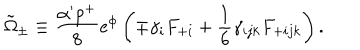
\tilde { \Omega } _ { \pm } \equiv { \frac { \alpha ^ { \prime } p ^ { + } } { 8 } } e ^ { \phi } \left( \mp \gamma _ { i } F _ { + i } + { \frac { 1 } { 6 } } \gamma _ { i j k } F _ { + i j k } \right) .